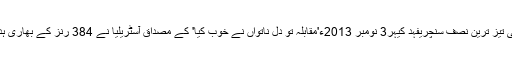
چاہے نیروبی میں سری لنکا کے خلاف [ریکارڈز] ایک روزہ کرکٹ کی تیز ترین نصف سنچریفہد کیہر3 نومبر 2013ء'مقابلہ تو دلِ ناتواں نے خوب کیا' کے مصداق آسٹریلیا نے 384 رنز کے بھاری ہدف کے تعاقب میں جان تو خوب ماری لیکن 57 رنز قبل ہمت ہار گئے۔